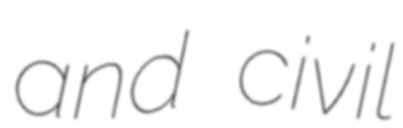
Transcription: and civil